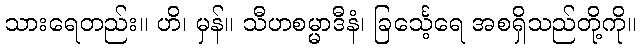
သားရေတည်း။ ဟိ၊ မှန်။ သီဟစမ္မာဒီနံ၊ ခြင်္သေ့ရေ အစရှိသည်တို့ကို။